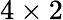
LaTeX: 4\times 2